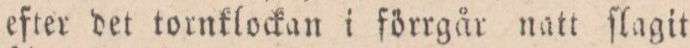
efter det tornklockan i förrgår natt ſlagit